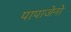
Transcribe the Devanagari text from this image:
पापाजेनो